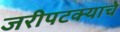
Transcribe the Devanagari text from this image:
जरीपटक्याचे